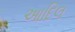
આદિલ